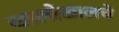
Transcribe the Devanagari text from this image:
खालोखालचे